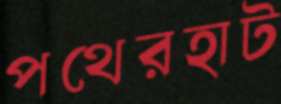
পথেরহাট